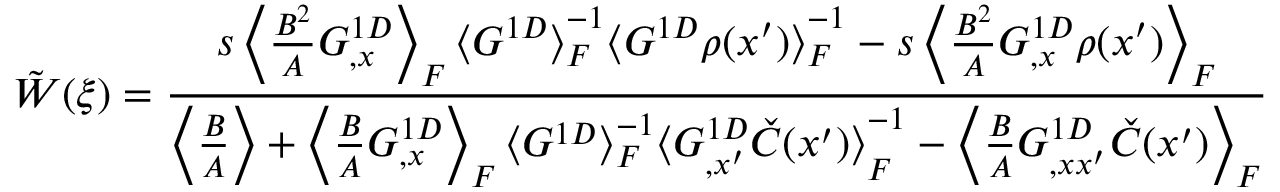
\, \, \tilde { W } ( \xi ) = \frac { s \left\langle { \frac { B ^ { 2 } } { A } G _ { , x } ^ { 1 D } } \right\rangle _ { F } { \langle G ^ { 1 D } \rangle } _ { F } ^ { - 1 } { \langle G ^ { 1 D } \rho ( x ^ { \prime } ) \rangle } _ { F } ^ { - 1 } - s \left\langle { \frac { B ^ { 2 } } { A } G _ { , x } ^ { 1 D } \rho ( x ^ { \prime } ) } \right\rangle _ { F } } { \left\langle { \frac { B } { A } } \right\rangle + \left\langle { \frac { B } { A } G _ { , x } ^ { 1 D } } \right\rangle _ { F } { \langle G ^ { 1 D } \rangle } _ { F } ^ { - 1 } { \langle G _ { , x ^ { \prime } } ^ { 1 D } \check { C } ( x ^ { \prime } ) \rangle } _ { F } ^ { - 1 } - \left\langle { \frac { B } { A } G _ { , x x ^ { \prime } } ^ { 1 D } \check { C } ( x ^ { \prime } ) } \right\rangle _ { F } }